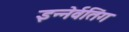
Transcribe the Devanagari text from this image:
इन्नेर्वतिंग